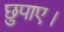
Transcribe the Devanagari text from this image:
छुपाए।